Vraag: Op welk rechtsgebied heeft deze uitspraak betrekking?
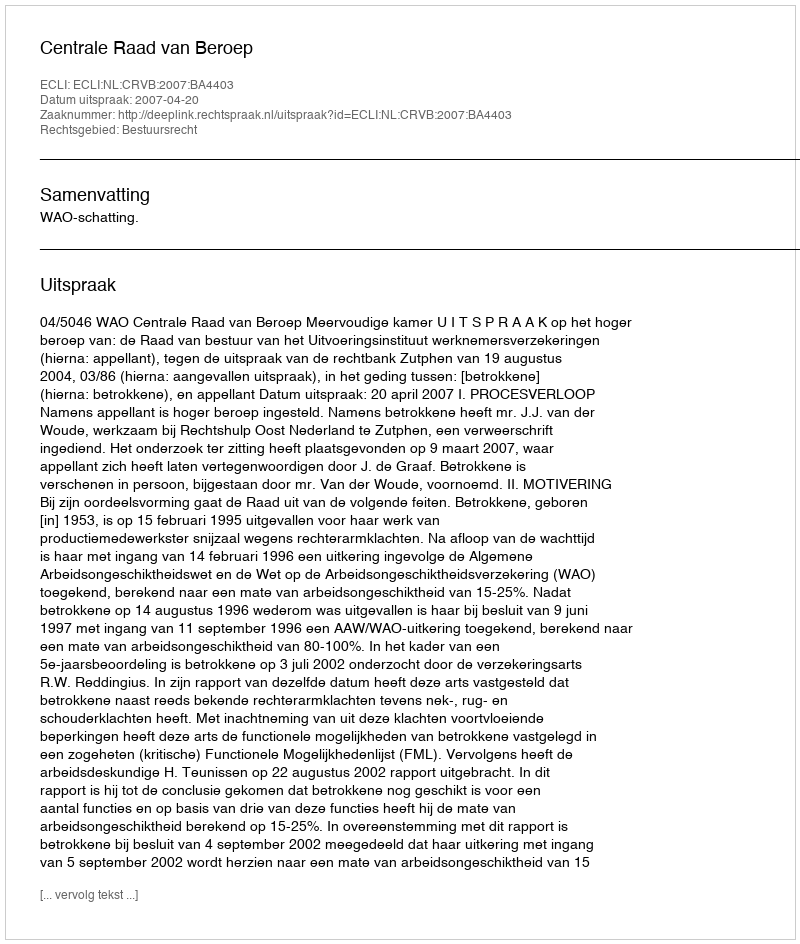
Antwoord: Bestuursrecht